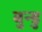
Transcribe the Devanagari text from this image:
बुन्डु